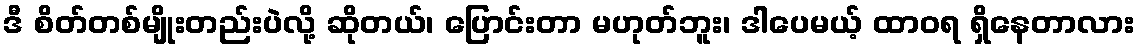
ဒီ စိတ်တစ်မျိုးတည်းပဲလို့ ဆိုတယ်၊ ပြောင်းတာ မဟုတ်ဘူး၊ ဒါပေမယ့် ထာဝရ ရှိနေတာလား